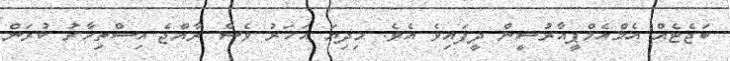
ބަޖެޓެއް އެމްއެމްޕީއާރުސީން ދީފައިވެ އެވެ. މިދިޔަ އަހަރު ވެސް ރާއްޖެ އިސްތިހާރު ކުރަން